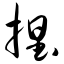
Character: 捏